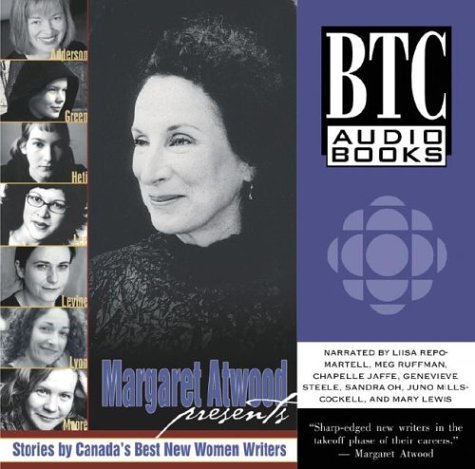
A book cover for Margaret Atwood Presents: Stories by Canada&#146s Best New Women Writers; Annabel Lyon; Literature & Fiction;